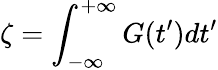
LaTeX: \zeta=\int_{-\infty}^{+\infty}G(t^{\prime})dt^{\prime}